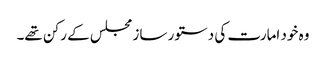
وہ خود امارت کی دستور ساز مجلس کے رکن تھے۔